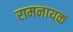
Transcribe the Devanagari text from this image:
रामनायक